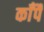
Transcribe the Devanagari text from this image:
काँपै